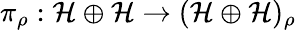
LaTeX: \pi_{\rho}:{\cal H}\oplus{\cal H}\to(\mathcal{H}\oplus\mathcal{H})_{\rho}